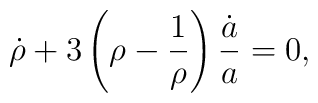
\dot \rho + 3 \left( \rho - \frac1{\rho} \right) \frac{\dot a}{a}= 0,